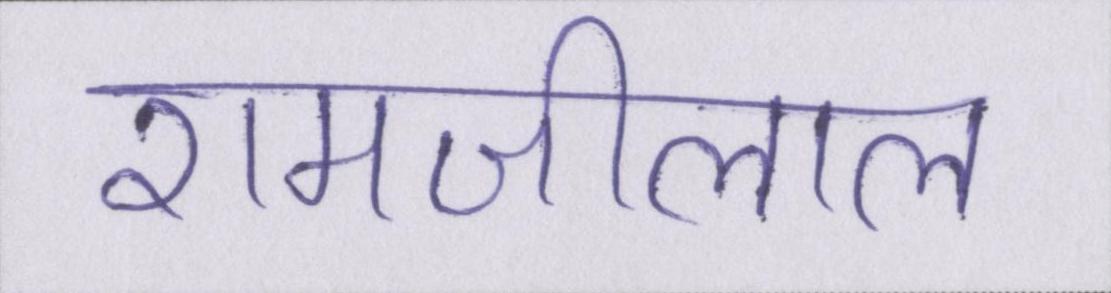
रामजीलाल